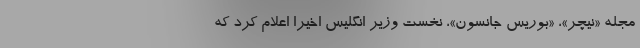
مجله «نیچر»، «بوریس جانسون»، نخست وزیر انگلیس اخیرا اعلام کرد که